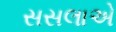
સસલાએ